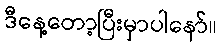
ဒီနေ့တော့ပြီးမှာပါနော်။